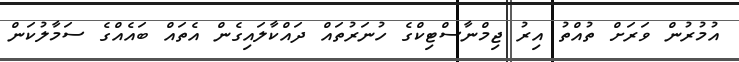
އުމުރުން ވަރަށް ތުއްތު އިރު ޖިމްނާސްޓިކްގެ ހުނަރުތައް ދައްކާލައިގެން އެތައް ބައެއްގެ ސަމާލުކަން